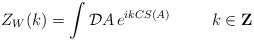
\begin{align*}Z_W(k)=\int{\cal D\/}A\,e^{ikCS(A)}\;\;\;\;\;\;\;\;\;k\in{\bf Z} \end{align*}